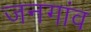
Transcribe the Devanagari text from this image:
जनगांव